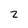
Character: 2